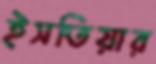
ইসতিয়ার